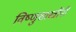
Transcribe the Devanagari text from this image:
विष्णुशास्त्रींनी